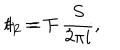
LaTeX: t _ { 1 } = T ~ ~ , \hspace { 2 c m } t _ { 2 } = - \frac { S } { 2 \pi i } ,